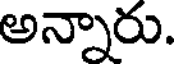
అన్నారు.